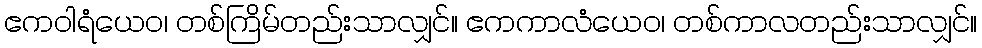
ဧကဝါရံယေဝ၊ တစ်ကြိမ်တည်းသာလျှင်။ ဧကကာလံယေဝ၊ တစ်ကာလတည်းသာလျှင်။